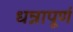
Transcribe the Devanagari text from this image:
धन्नापूर्ण